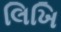
લિખિ